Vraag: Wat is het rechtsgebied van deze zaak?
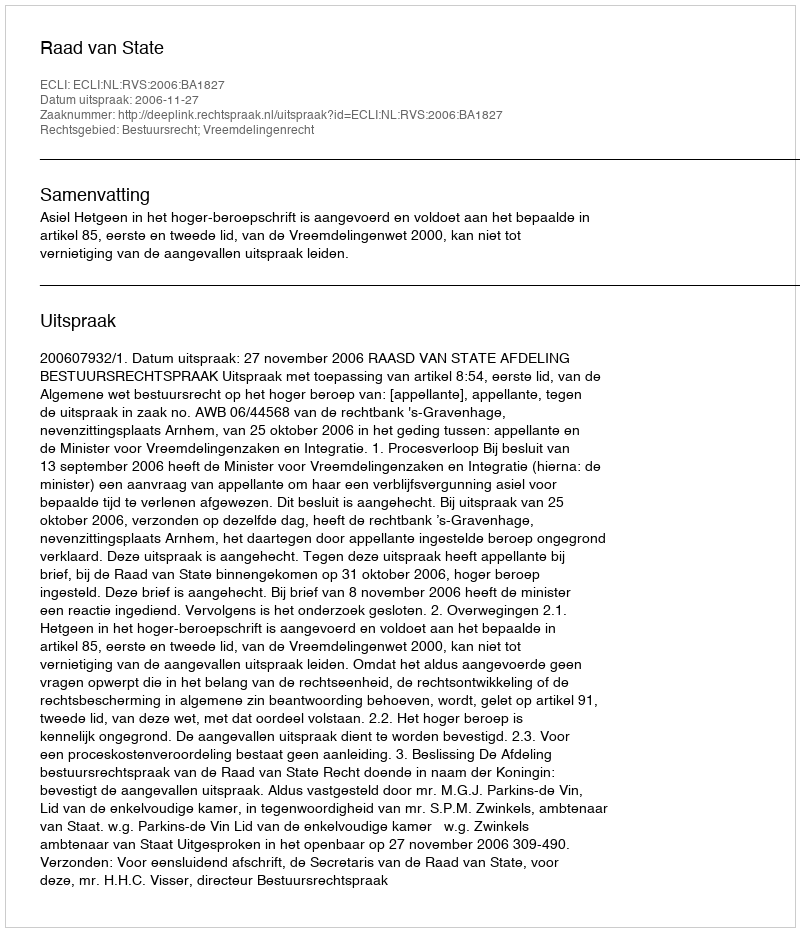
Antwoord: Bestuursrecht; Vreemdelingenrecht